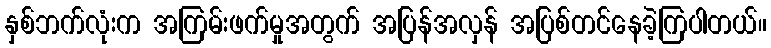
နှစ်ဘက်လုံးက အကြမ်းဖက်မှုအတွက် အပြန်အလှန် အပြစ်တင်နေခဲ့ကြပါတယ်။